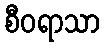
စီဝရာသာ